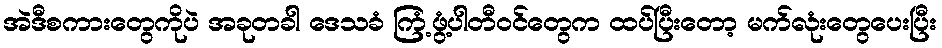
အဲဒီစကားတွေကိုပဲ အခုတခါ ဒေသခံ ကြံ့ဖွံ့ပါတီဝင်တွေက ထပ်ပြီးတော့ မက်လုံးတွေပေးပြီး